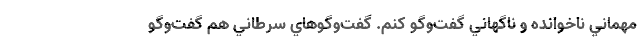
مهماني ناخوانده و ناگهاني گفت‌وگو كنم. گفت‌وگوهاي سرطاني هم گفت‌وگو